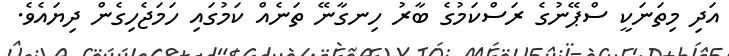
އަދި މިތަނަކީ ސްޕޭނުގެ ރަސްކަމުގެ ބާރު ހިނގާނޭ ތަނެއް ކަމުގައި ހަމަޖެހިގެން ދިޔައެވެ.